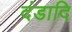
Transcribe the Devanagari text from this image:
दंडादि